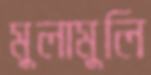
মুলামুলি